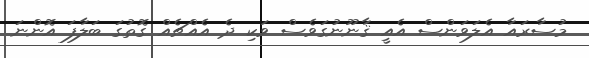
މުސާރައާ އެލަވަންސް އެއީ ޤާނޫނުގަވެސް ވަކި ދެ އެއްޗެއް ގޮތުގަ ބަލާފަ އޮންނަ